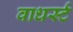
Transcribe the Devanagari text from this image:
वाधर्स्ट